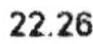
22.26